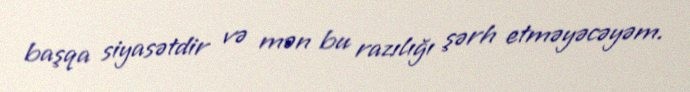
başqa siyasətdir və mən bu razılığı şərh etməyəcəyəm.